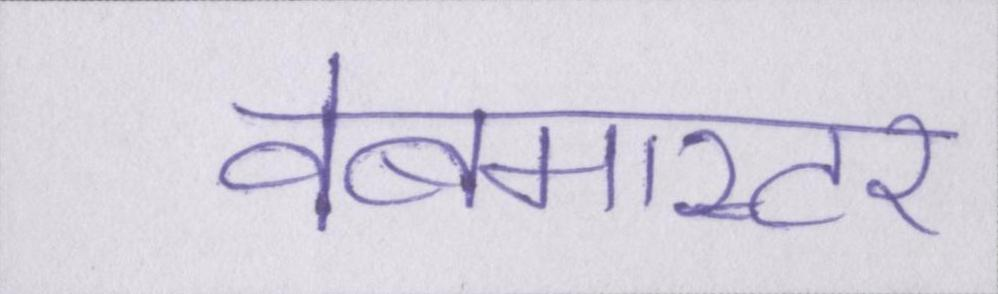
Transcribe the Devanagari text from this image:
वेबमास्टर